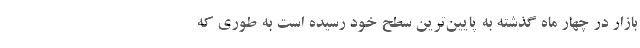
بازار در چهار ماه گذشته به پایین‌ترین سطح خود رسیده است به طوری که